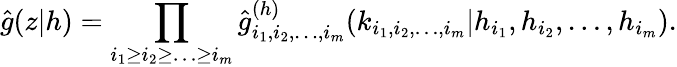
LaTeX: \hat{g}(z|h)=\prod_{i_{1}\geq i_{2}\geq\ldots\geq i_{m}}\hat{g}_{i_{1},i_{2},\ldots,i_{m}}^{(h)}(k_{i_{1},i_{2},\ldots,i_{m}}|h_{i_{1}},h_{i_{2}},\ldots,h_{i_{m}}).